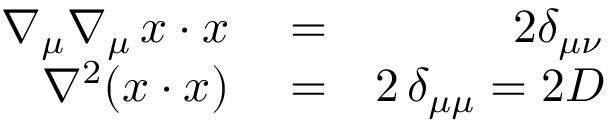
\begin{array} { r l r } { \nabla _ { \mu } \nabla _ { \mu } \, x \cdot x } & { { } = } & { 2 \delta _ { \mu \nu } } \\ { \nabla ^ { 2 } ( x \cdot x ) } & { { } = } & { 2 \, \delta _ { \mu \mu } = 2 D } \end{array}